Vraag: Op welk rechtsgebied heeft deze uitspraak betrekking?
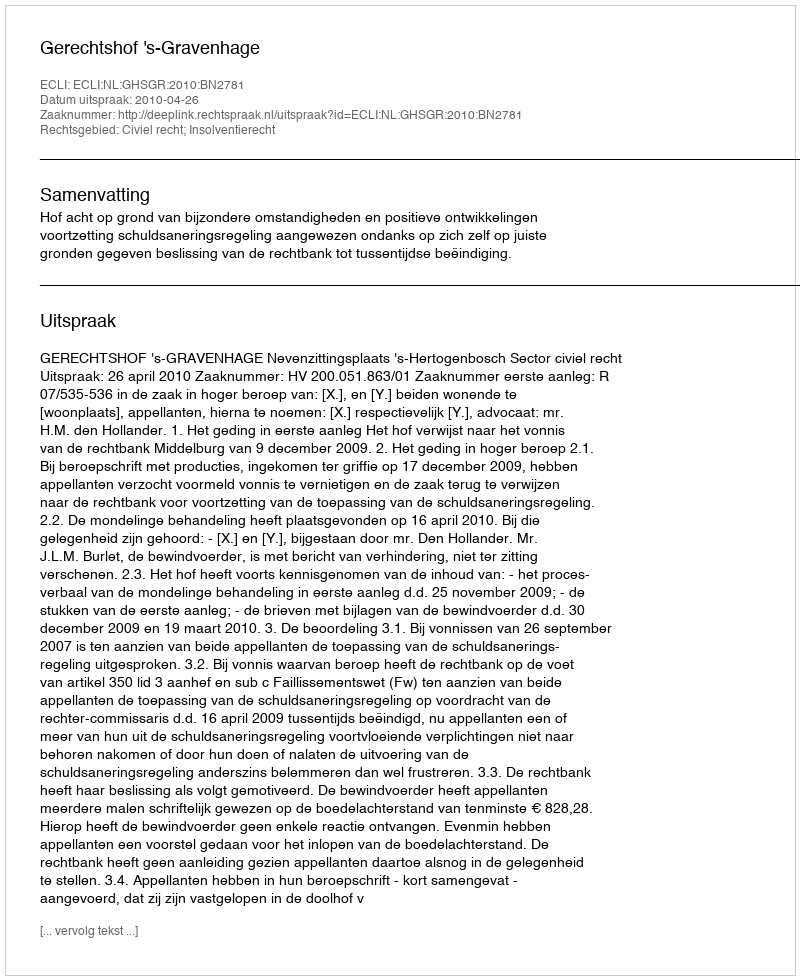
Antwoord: Civiel recht; Insolventierecht